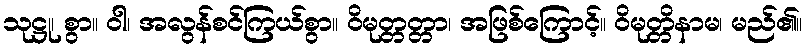
သုဋ္ဌု၊ စွာ။ ဝါ၊ အလွန်စင်ကြယ်စွာ။ ဝိမုတ္တတ္တာ၊ အဖြစ်ကြောင့်။ ဝိမုတ္တိနာမ၊ မည်၏။